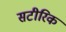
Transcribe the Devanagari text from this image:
सटीरिक